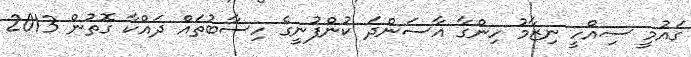
ގައުމީ ސިއްހީ ނިޒާމު ހިންގާ އާސަންދަ ކުންފުނީގެ ހިސާބުތައް ދައްކާ ގޮތުން 2013